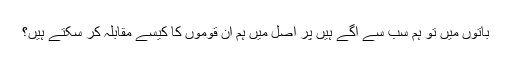
باتوں میں تو ہم سب سے آگے ہیں پر اصل میں ہم اُن قوموں کا کیسے مقابلہ کر سکتے ہیں؟